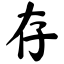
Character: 存